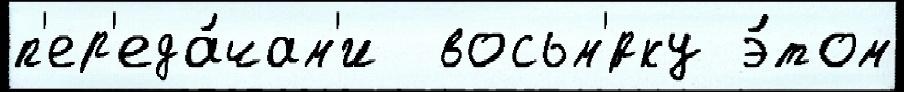
п'ер'еда́чам'и  восьм'́рку э́том